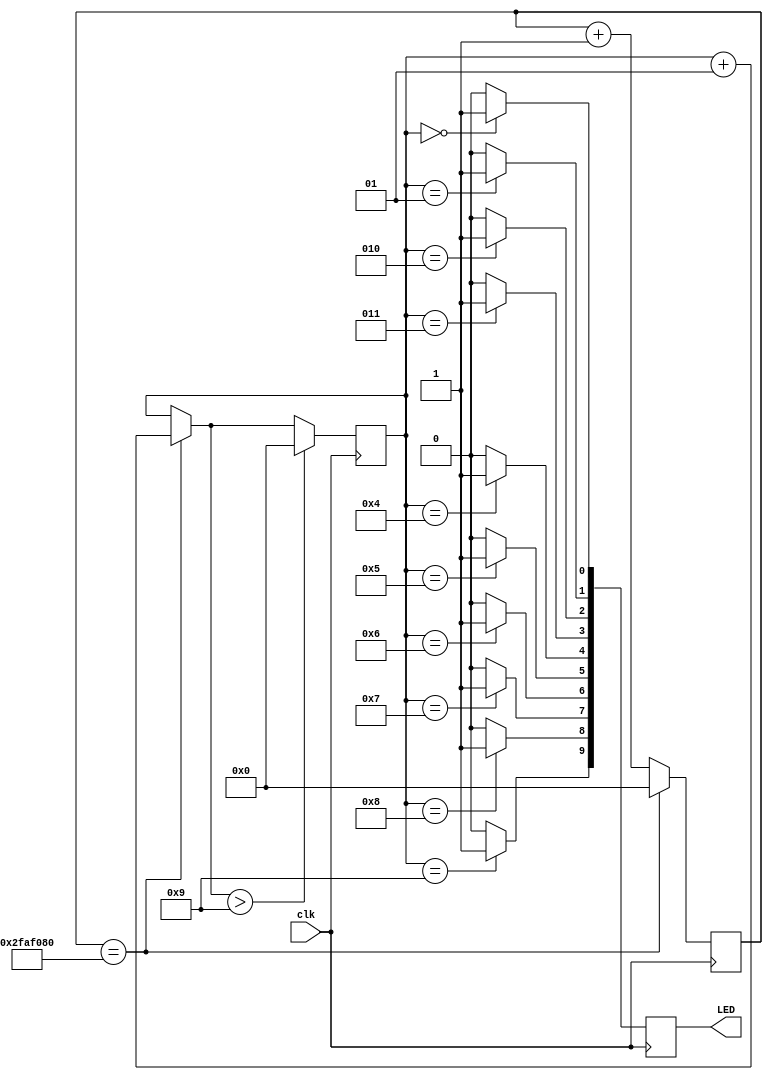
module demo(
	input clk,
	output [9:0] LED
);

`define CLOCK_FREQ 50000000
`define TIME_DELAY 1

integer number1 = 0;
reg [9:0] LEDs;
reg [31:0] count=0;
assign LED = LEDs;

always @(posedge clk) 
begin
	LEDs[0] <= (number1 == 0) ? 1 : 0;
	LEDs[1] <= (number1 == 1) ? 1 : 0;
   	LEDs[2] <= (number1 == 2) ? 1 : 0;
	LEDs[3] <= (number1 == 3) ? 1 : 0;
	LEDs[4] <= (number1 == 4) ? 1 : 0;
	LEDs[5] <= (number1 == 5) ? 1 : 0;
	LEDs[6] <= (number1 == 6) ? 1 : 0;
	LEDs[7] <= (number1 == 7) ? 1 : 0;
	LEDs[8] <= (number1 == 8) ? 1 : 0;
	LEDs[9] <= (number1 == 9) ? 1 : 0;
	
	count <= count + 1;
	
	if (count == `CLOCK_FREQ*`TIME_DELAY)
	begin
		number1 = number1 + 1;
		count <= 0;
	end
	
	if (number1 > 9)
	begin
		number1 = 0;
	end
end

endmodule